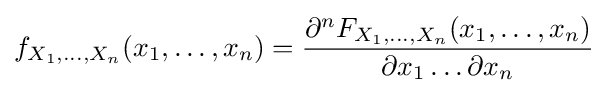
f_{X_{1},\ldots ,X_{n}}(x_{1},\ldots ,x_{n})={\frac {\partial ^{n}F_{X_{1},\ldots ,X_{n}}(x_{1},\ldots ,x_{n})}{\partial x_{1}\ldots \partial x_{n}}}